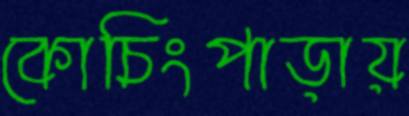
কোচিংপাড়ায়